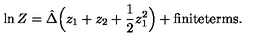
\ln Z = \hat { \Delta } \Big ( z _ { 1 } + z _ { 2 } + \frac { 1 } { 2 } z _ { 1 } ^ { 2 } \Big ) + \mathrm { f i n i t e t e r m s } .